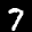
Label: 7